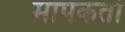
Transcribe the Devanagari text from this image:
मापकर्ता